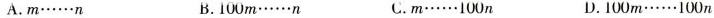
A. m······n B. 100m······n C. m······100n D. 100m······100n